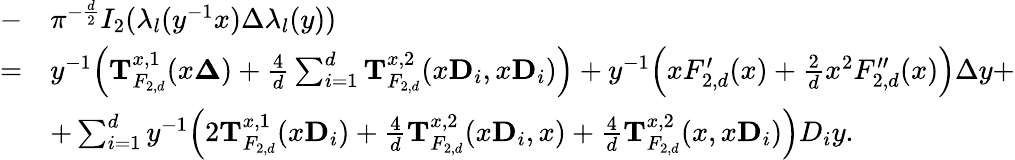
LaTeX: \begin{array}{rl}{-}&{\pi^{-\frac{d}{2}}I_{2}(\lambda_{l}(y^{-1}x)\Delta\lambda_{l}(y))}\\ {=}&{y^{-1}\Big(\mathbf T_{F_{2,d}}^{x,1}(x\mathbf{\Delta})+\frac 4d\sum_{i=1}^{d}\mathbf T_{F_{2,d}}^{x,2}(x\mathbf{D}_{i},x\mathbf{D}_{i})\Big)+y^{-1}\Big(xF_{2,d}^{\prime}(x)+\frac{2}{d}x^{2}F_{2,d}^{\prime\prime}(x)\Big)\Delta y+}\\ &{+\sum_{i=1}^{d}y^{-1}\Big(2\mathbf{T}_{F_{2,d}}^{x,1}(x\mathbf{D}_{i})+\frac{4}{d}\mathbf T_{F_{2,d}}^{x,2}(x\mathbf D_{i},x)+\frac 4d\mathbf T_{F_{2,d}}^{x,2}(x,x\mathbf D_{i})\Big)D_{i}y.}\end{array}